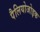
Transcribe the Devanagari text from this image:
पैलियोजोइक